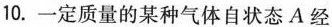
10.一定质量的某种气体自状态A经